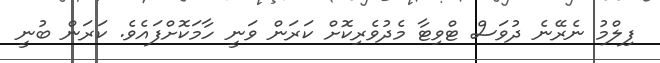
ފިލްމު ނެރޭނެ ދުވަސް ޓްވިޓާ މެދުވެރިކޮށް ކަރަން ވަނީ ހާމަކޮށްފައެވެ. ކަރަން ބުނީ